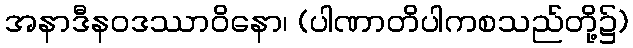
အနာဒီနဝဒဿာဝိနော၊ (ပါဏာတိပါကစသည်တို့၌)